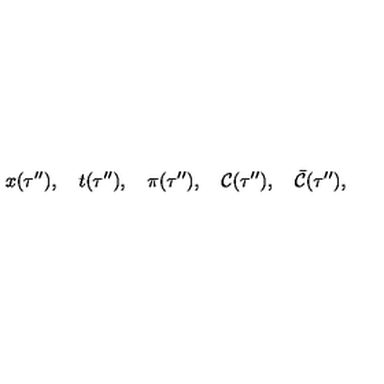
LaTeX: x ( \tau ^ { \prime \prime } ) , \quad t ( \tau ^ { \prime \prime } ) , \quad \pi ( \tau ^ { \prime \prime } ) , \quad { \cal C } ( \tau ^ { \prime \prime } ) , \quad { \bar { \cal C } } ( \tau ^ { \prime \prime } ) ,